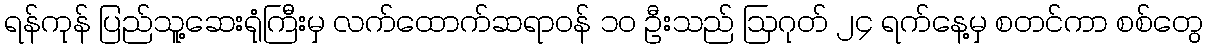
ရန်ကုန် ပြည်သူ့ဆေးရုံကြီးမှ လက်ထောက်ဆရာဝန် ၁၀ ဦးသည် ဩဂုတ် ၂၄ ရက်နေ့မှ စတင်ကာ စစ်တွေ